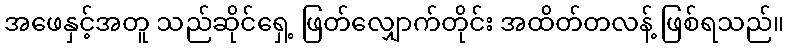
အဖေနှင့်အတူ သည်ဆိုင်ရှေ့ ဖြတ်လျှောက်တိုင်း အထိတ်တလန့် ဖြစ်ရသည်။